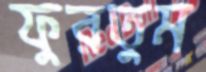
ফুরতুম